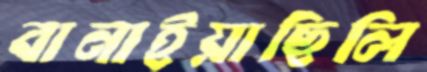
বানাইয়াছিলি